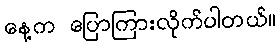
နေ့က ပြောကြားလိုက်ပါတယ်။